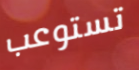
تستوعب